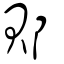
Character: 郥